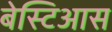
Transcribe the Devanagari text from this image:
बेस्टिआस